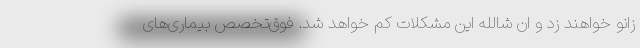
زانو خواهند زد و ان شالله این مشکلات کم خواهد شد. فوق‌تخصص بیماری‌های